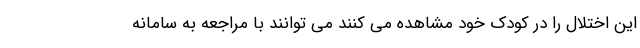
این اختلال را در کودک خود مشاهده می کنند می توانند با مراجعه به سامانه